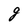
Character: g